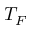
T _ { F }